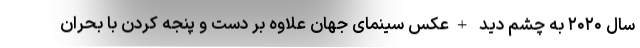
سال ۲۰۲۰ به چشم دید +عکس سینمای جهان علاوه بر دست و پنجه کردن با بحران